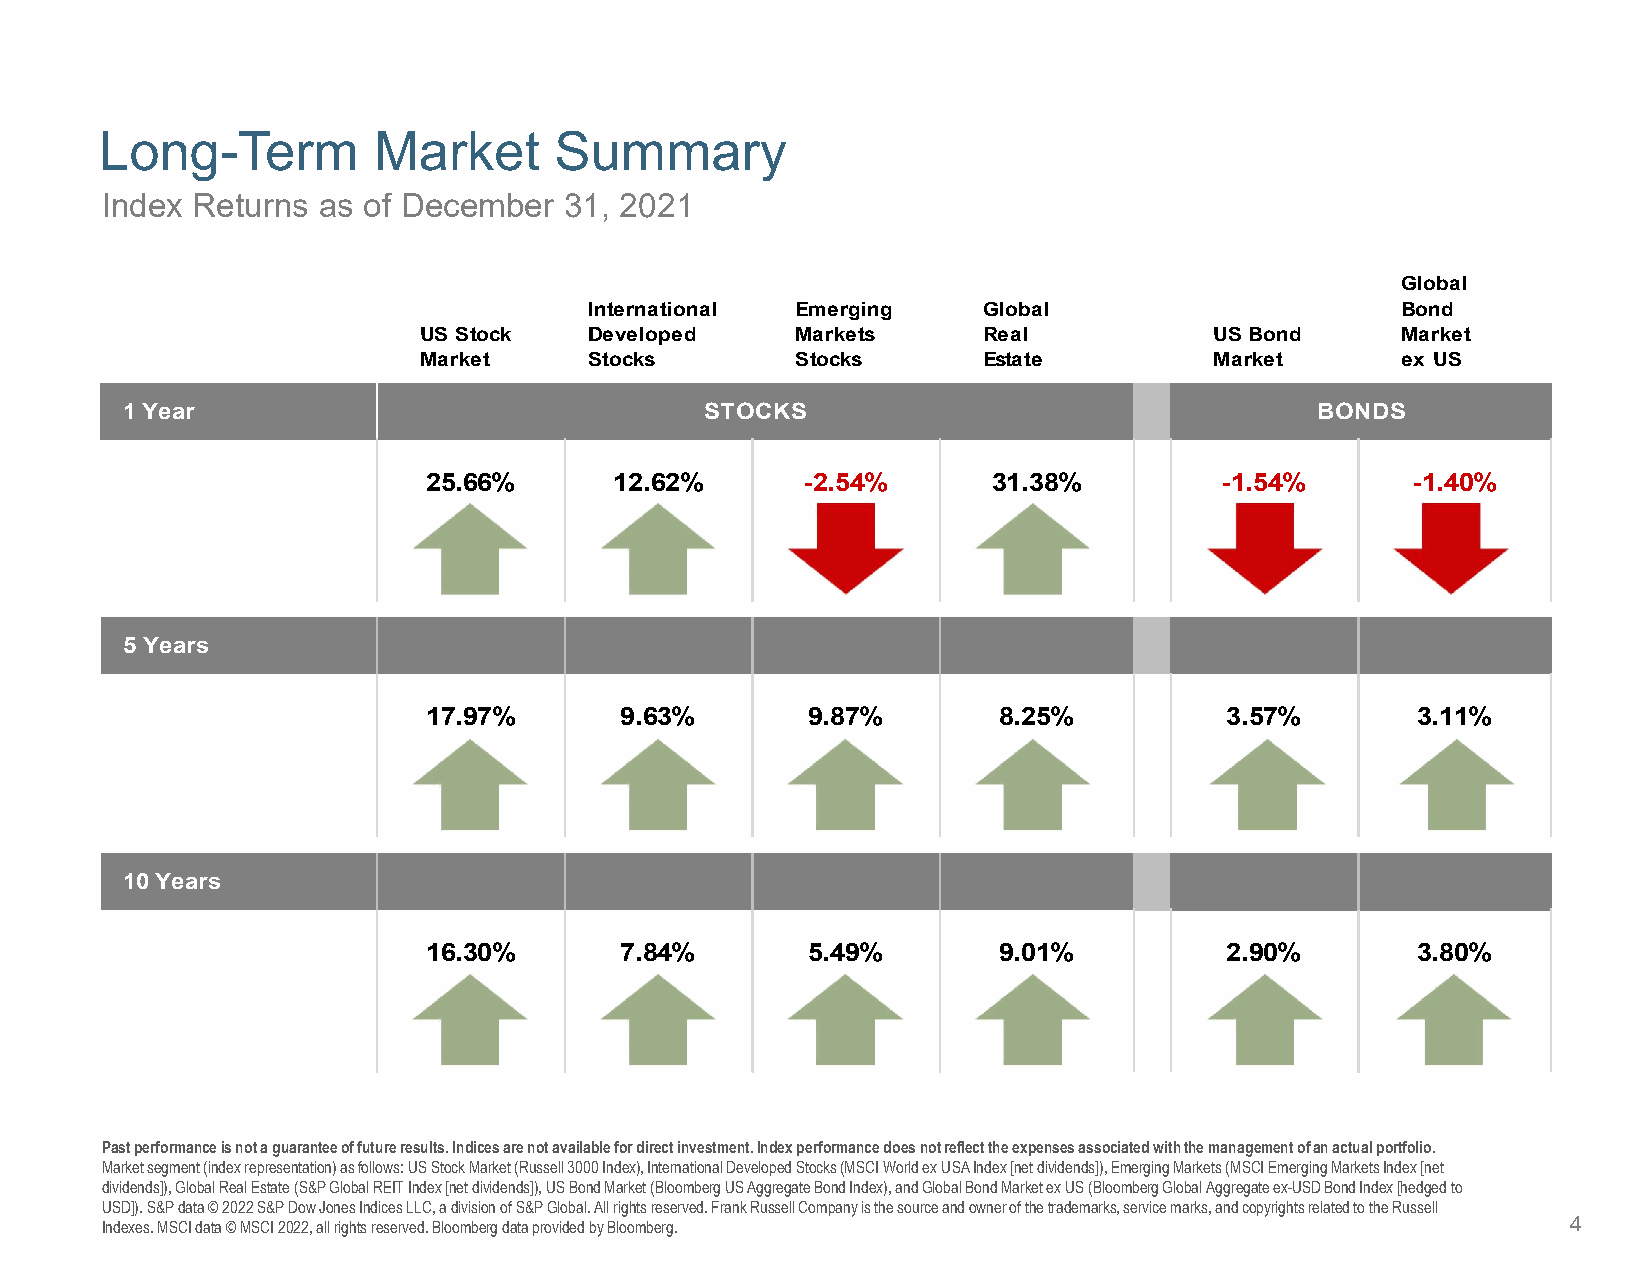
Long-Term         Market      Summary
 Index Returns as of December  31, 2021
 Global
 International Emerging    Global                      Bond
 US Stock   Developed     Markets     Real           US Bond      Market
 Market     Stocks        Stocks      Estate         Market       ex US
 1 Year                                 STOCKS                                  BONDS
 25.66%       12.62%      -2.54%       31.38%         -1.54%      -1.40%
 5 Years
 17.97%       9.63%       9.87%        8.25%          3.57%        3.11%
 10 Years
 16.30%       7.84%       5.49%        9.01%          2.90%        3.80%
 Past performance is not a guarantee of future results. Indices are not available for direct investment. Index performance does not reflect the expenses associated with the management of an actual portfolio.
 Market segment (index representation) as follows: US Stock Market (Russell 3000 Index), International Developed Stocks (MSCI World ex USA Index [net dividends]), Emerging Markets (MSCI Emerging Markets Index [net
 dividends]), Global Real Estate (S&P Global REIT Index [net dividends]), US Bond Market (Bloomberg US Aggregate Bond Index), andGlobal Bond Market ex US (Bloomberg Global Aggregate ex-USD Bond Index [hedged to
 USD]). S&P data © 2022 S&P Dow Jones Indices LLC, a division of S&P Global. All rights reserved. Frank Russell Company is thesource and owner of the trademarks, service marks, and copyrights related to the Russell
 Indexes. MSCI data © MSCI 2022, all rights reserved. Bloomberg data provided by Bloomberg.       4